Annual administration and progress report of the Indian Medical Department, Bombay
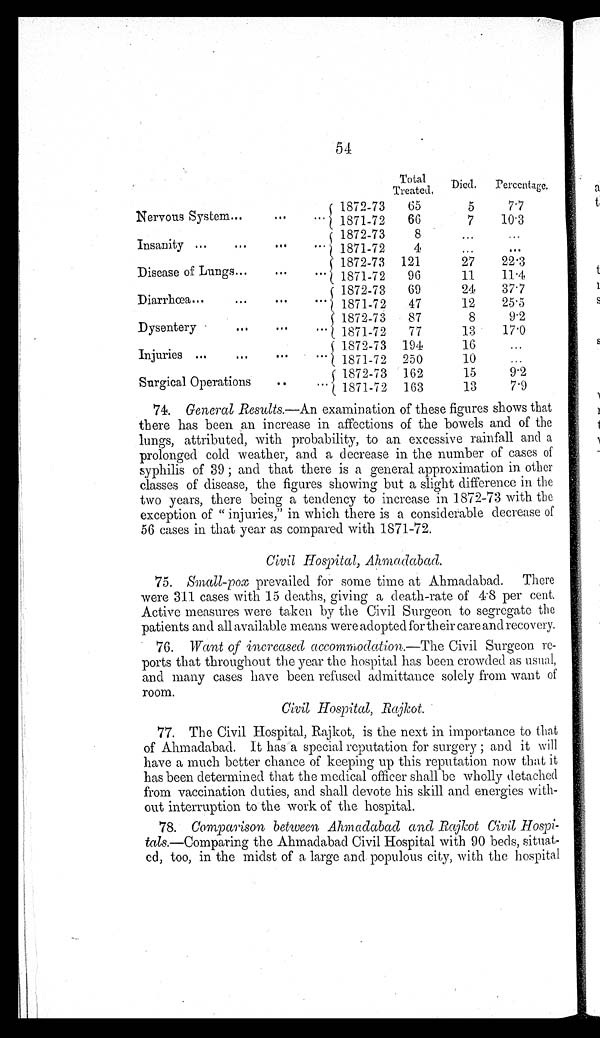
54
Total
Treated.
Died.
Percentage.
Nervous System . . .
1872-73
65
5
7.7
1871-72
66
7
10.3
Insanity . . .
1872-73
8
. . .
. . .
1871-72
4
. . . . . .
Disease of Lungs . . .
1872-73
121
27
22.3
1871-72
96
11
11.4
Diarrhœa . .
.
1872-73
69
24
37.7
1871-72
47
12
25.5
D y s e n t e r y . . .
1 8 7 2 - 7 3
8 7
8
9.2
1871-72
77
13
17.0
Injuries . . .
1872-73
194
16
. . .
1871-72
250
10
. . .
Surgical Operations . . .
1872-73
162
15
9.2
1871-72
163
13
7.9
7 4
. G e n e r a l R e s u l t s . —A
n
e x a m i n a t i o n o f t h e s e f i g u r e s s h o w s t h a t
there has been an increase in affections of the bowels and of the
lungs, attributed, with probability, to an excessive rainfall and a
prolonged cold weather, and a decrease in the number of cases of
syphilis of 39 ; and that there is a general approximation in other
classes of disease, the figures showing but a slight difference in the
two years, there being a tendency to increase in 1872-73 with the
exception of " injuries," in which there is a considerable decrease of
56 cases in that year as compared with 1871-72.
Civil Hospital, Ahmadabad.
7 5
. S m a l l - p o xp
r e v a i l e d f o r s o m e t i m e a t A h m a d a b a d . T h e r e
were 311 cases with 15 deaths, giving a death-rate of 4.8 per cent.
Active measures were taken by the Civil Surgeon to segregate the
patients and all available means were adopted for their care and recovery.
7 6 . W a n to
f i n c r e a s e d a c c o m m o d a t i o n . —T
h eCivil Surgeon re-
ports that throughout the year the hospital has been crowded as usual,
and many cases have been refused admittance solely from want of
r o o m .
Civil Hospital, Rajkot.
7 7 . T h e C i v i l H o s p i t a l , R a j k o t , i s t h e n e x t i n i m p o r t a n c e t o t h a t
of Ahmadabad. It has a special reputation for surgery ; and it will
have a much better chance of keeping up this reputation now that it
has been determined that the medical officer shall be wholly detached
from vaccination duties, and shall devote his skill and energies with--
out interruption to the work of the hospital.
7 8
. Comparison between Ahmadabad and Rajkot Civil Hospi--
tals.—Comparing the Ahmadabad Civil Hospital with 90 beds, situat--
ed, too, in the midst of a large and populous city, with the hospital